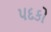
પદકો